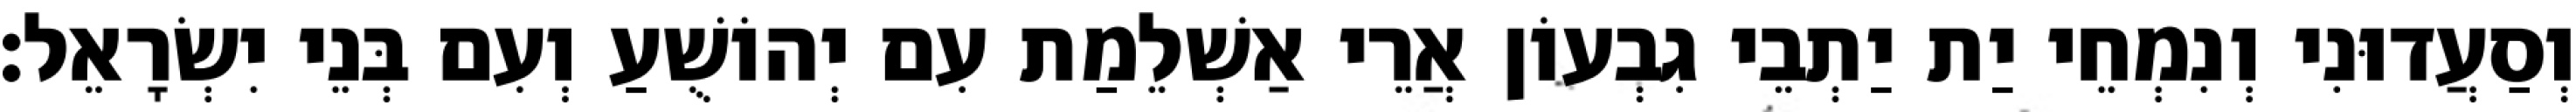
וְסַעֲדוּנִי וְנִמְחֵי יַת יַתְבֵי גִבְעוֹן אֲרֵי אַשְׁלֵמַת עִם יְהוֹשֻׁעַ וְעִם בְּנֵי יִשְׂרָאֵל׃